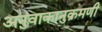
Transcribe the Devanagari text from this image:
अनुवाकानुक्रमणी